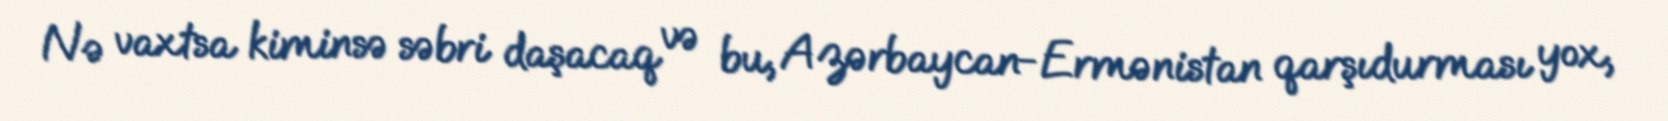
Nə vaxtsa kiminsə səbri daşacaq və bu, Azərbaycan-Ermənistan qarşıdurması yox,